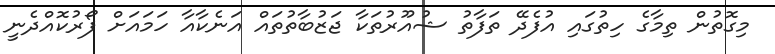
މިގޮތުން ތިމާގެ ހިތުގައި އުފެދޭ ތަފާތު ޝުއޫރުތަކާ ޖަޒުބާތުތައް އަނެކާއާ ހަމައަށް ފޯރުކޮއްދެނީ